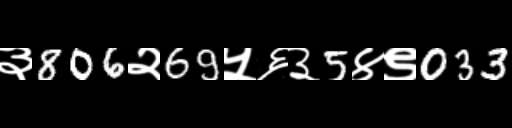
Text: ३806२69५६३5४९033